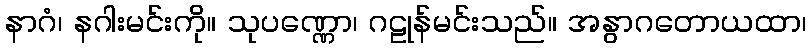
နာဂံ၊ နဂါးမင်းကို။ သုပဏ္ဏော၊ ဂဠုန်မင်းသည်။ အနွာဂတောယထာ၊